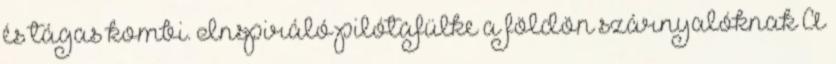
és tágas kombi. Inspiráló pilótafülke a földön szárnyalóknak A